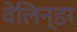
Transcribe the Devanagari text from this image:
वेलिन्डर